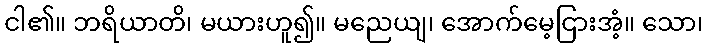
ငါ၏။ ဘရိယာတိ၊ မယားဟူ၍။ မညေယျ၊ အောက်မေ့ငြားအံ့။ သော၊